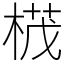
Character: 𣕚